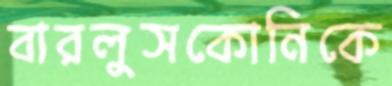
বারলুসকোনিকে